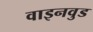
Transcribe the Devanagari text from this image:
वाइनवुड